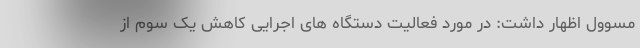
مسوول اظهار داشت: در مورد فعالیت دستگاه های اجرایی کاهش یک سوم از